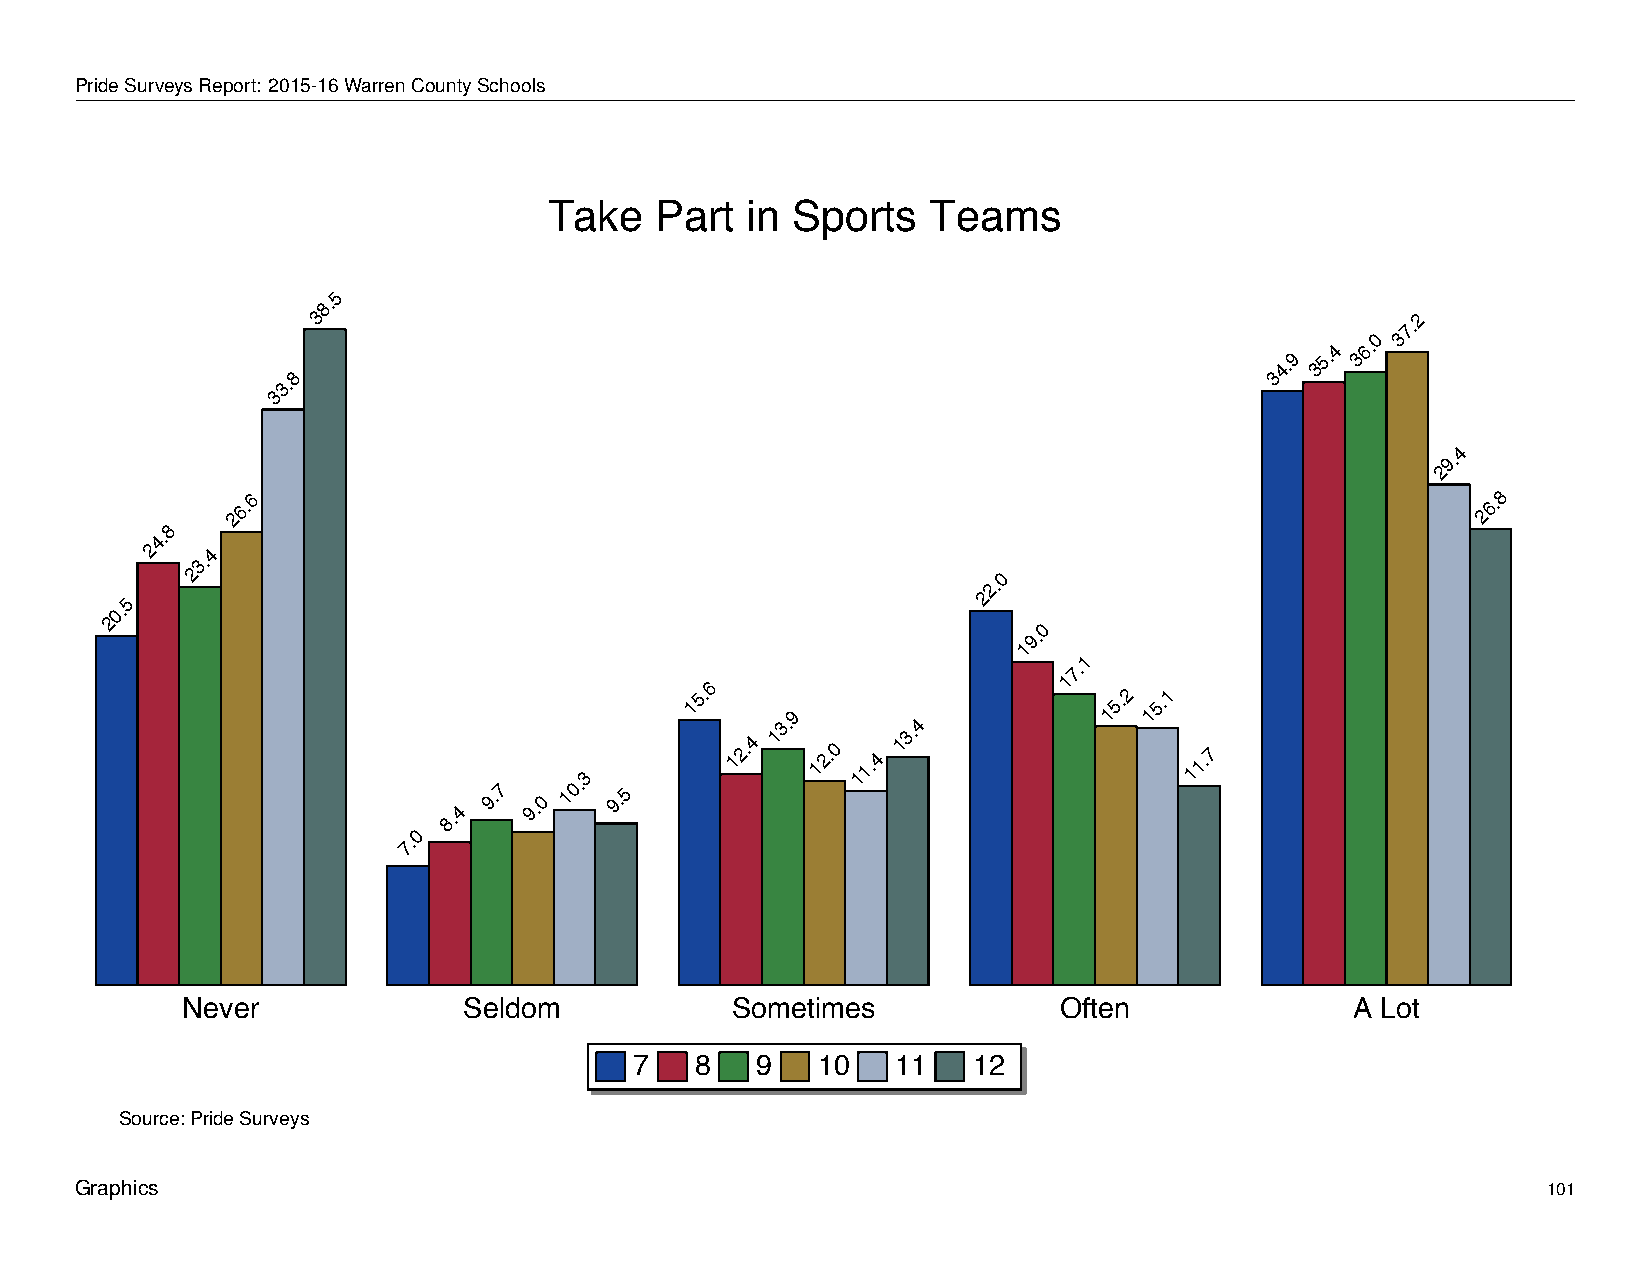
Take       Part     in    Sports       Teams
 PrideSurveysReport: 2015-16WarrenCountySchools
 Take   Part  in Sports   Teams
 5
 8.
 3                                                                       7.2
 4
 6.0 3
 4.9 35. 3
 8                                                                3
 3.
 3
 4
 9.
 2
 8
 26.6                                                                               26.8
 4.
 2  3.4
 2                                                    2.0
 2
 5
 0.
 2
 0
 9.
 1
 1
 7.
 1
 8.4
 9.7
 9.0
 10.3
 9.5
 15.6
 12.4
 13.9
 12.0 11.4
 13.4
 15.2 15.1
 11.7
 0
 7.
 Never              Seldom           Sometimes             Often               A Lot
 7   8   9   10   11   12
 Source: Pride Surveys
 Graphics                                                                                         101